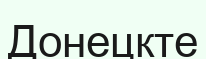
Донецкте